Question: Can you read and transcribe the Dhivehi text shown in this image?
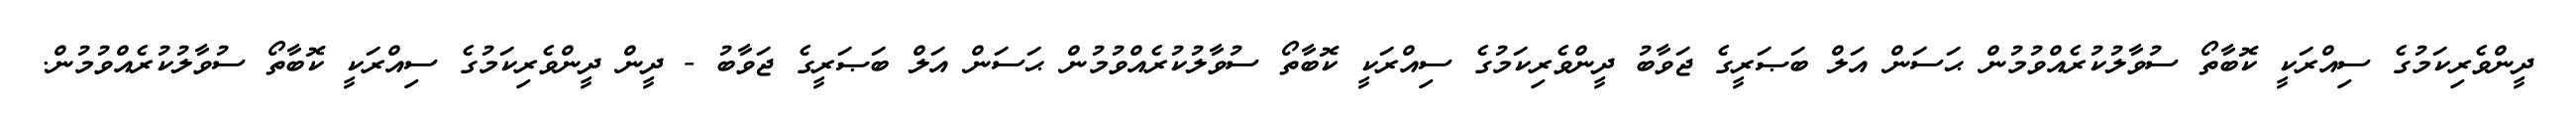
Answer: ދީންވެރިކަމުގެ ސިއްރަކީ ކޮބާތޯ ސުވާލުކުރެއްވުމުން ޙަސަން އަލް ބަޞަރީގެ ޖަވާބު ދީންވެރިކަމުގެ ސިއްރަކީ ކޮބާތޯ ސުވާލުކުރެއްވުމުން ޙަސަން އަލް ބަޞަރީގެ ޖަވާބު - ދީން ދީންވެރިކަމުގެ ސިއްރަކީ ކޮބާތޯ ސުވާލުކުރެއްވުމުން.